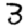
Digit: 3